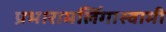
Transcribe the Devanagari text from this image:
प्रभारामलिंगास्वामी